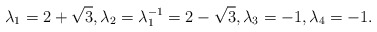
\begin{align*}\lambda_1 = 2 + \sqrt3,\lambda_2 = \lambda_1^{-1} = 2 - \sqrt3,\lambda_3 = -1,\lambda_4 = -1.\end{align*}